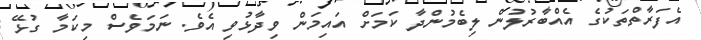
އެފަރާތްތަކުގެ އެއްބާރުލުން ލިބެމުންދާ ކަމަށް އައިމަން ވިދާޅުވި އެވެ. ނަމަވެސް މިކަމާ ގުޅޭ